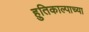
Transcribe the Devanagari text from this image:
हुतिकाल्पाच्या